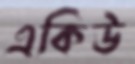
একিউ